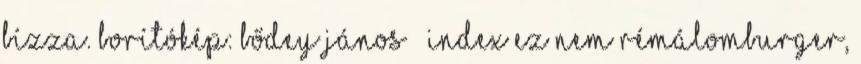
bízza. Borítókép: Bődey János Index Ez nem rémálomburger,